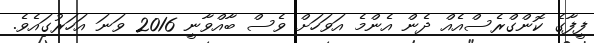
ފީފާގެ ކޮންގްރެސްއެއް ދެން އެންމެ އަވަހަށް ވެސް ބާއްވާނީ 2016 ވަނަ އަހަރުގައެވެ.